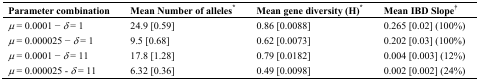
| Parameter combination | Mean Number of alleles* | Mean gene diversity (H)* | Mean IBD Slope† |
 | --- | --- | --- | --- |
 | μ = 0.0001 − δ = 1 | 24.9 [0.59] | 0.86 [0.0088] | 0.265 [0.02] (100%) |
 | μ = 0.000025 − δ = 1 | 9.5 [0.68] | 0.62 [0.0073] | 0.202 [0.03] (100%) |
 | μ = 0.0001 − δ = 11 | 17.8 [1.28] | 0.79 [0.0182] | 0.004 [0.003] (12%) |
 | μ = 0.000025 - δ = 11 | 6.32 [0.36] | 0.49 [0.0098] | 0.002 [0.002] (24%) |